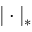
| \cdot | _ { * }